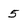
Character: 5